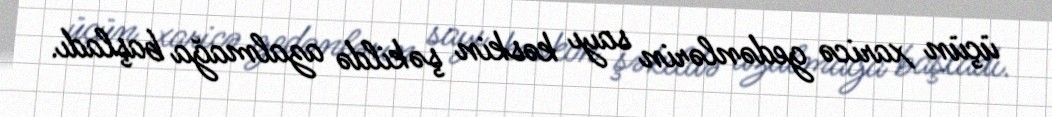
üçün xaricə gedənlərin sayı kəskin şəkildə azalmağa başladı.